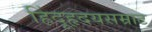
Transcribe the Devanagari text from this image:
हिंदूहृदयसम्राट